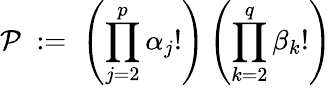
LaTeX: {\mathcal{P}}\; :=\; \left(\prod_{j=2}^{p}\alpha_{j}!\right)\left(\prod_{k=2}^{q}\beta_{k}!\right)